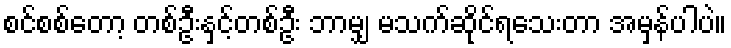
စင်စစ်တော့ တစ်ဦးနှင့်တစ်ဦး ဘာမျှ မသက်ဆိုင်ရသေးတာ အမှန်ပါပဲ။